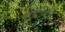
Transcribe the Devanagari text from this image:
सु्प्रीमो